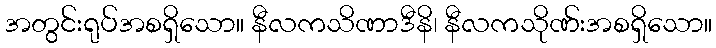
အတွင်းရုပ်အစရှိသော။ နီလကသိဏာဒီနိ၊ နီလကသိုဏ်းအစရှိသော။